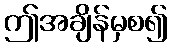
ဤအချိန်မှစ၍